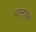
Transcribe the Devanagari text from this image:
वानास